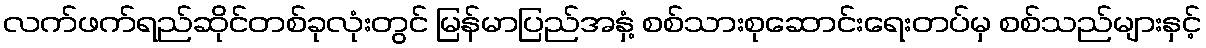
လက်ဖက်ရည်ဆိုင်တစ်ခုလုံးတွင် မြန်မာပြည်အနှံ့ စစ်သားစုဆောင်းရေးတပ်မှ စစ်သည်များနှင့်